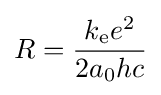
R={\frac {k_{\mathrm {e} }e^{2}}{2a_{0}hc}}